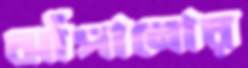
ঝাঁপানোর